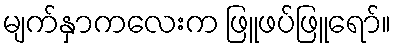
မျက်နှာကလေးက ဖြူဖပ်ဖြူရော်။